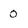
Character: O